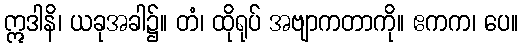
ဣဒါနိ၊ ယခုအခါ၌။ တံ၊ ထိုရုပ် အဗျာကတာကို။ ဧကက၊ ပေ။